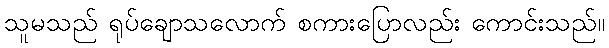
သူမသည် ရုပ်ချောသလောက် စကားပြောလည်း ကောင်းသည်။